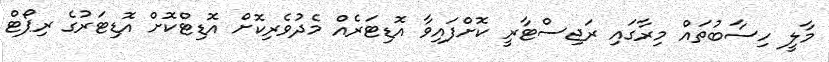
މާލީ ހިސާބުތައް މިރާގައި ރަޖިސްޓާރީ ކޮށްފައިވާ އޮޑިޓަރެއް މެދުވެރިކޮށް އޮޑިޓްކޮށް އޮޑިޓަރުގެ ރިޕޯޓް